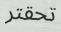
تحقتر